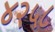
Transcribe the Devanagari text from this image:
४२५८